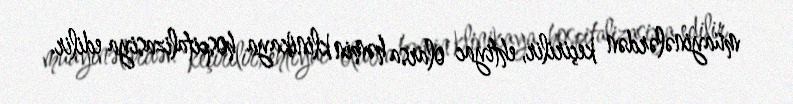
müayinələrdən keçirilir, ehtiyac olarsa həmin klinikaya hospitalizasiya edilir.